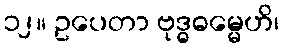
၁၂။ ဥပေတာ ဗုဒ္ဓဓမ္မေဟိ၊